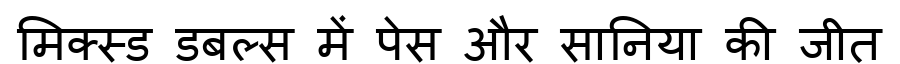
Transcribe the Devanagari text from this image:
मिक्स्ड डबल्स में पेस और सानिया की जीत